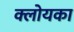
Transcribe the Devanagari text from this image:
क्लोयका